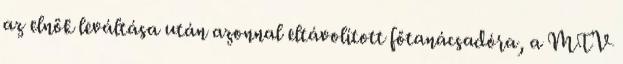
az elnök leváltása után azonnal eltávolított főtanácsa­dóra, a MTV